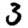
Digit: 3